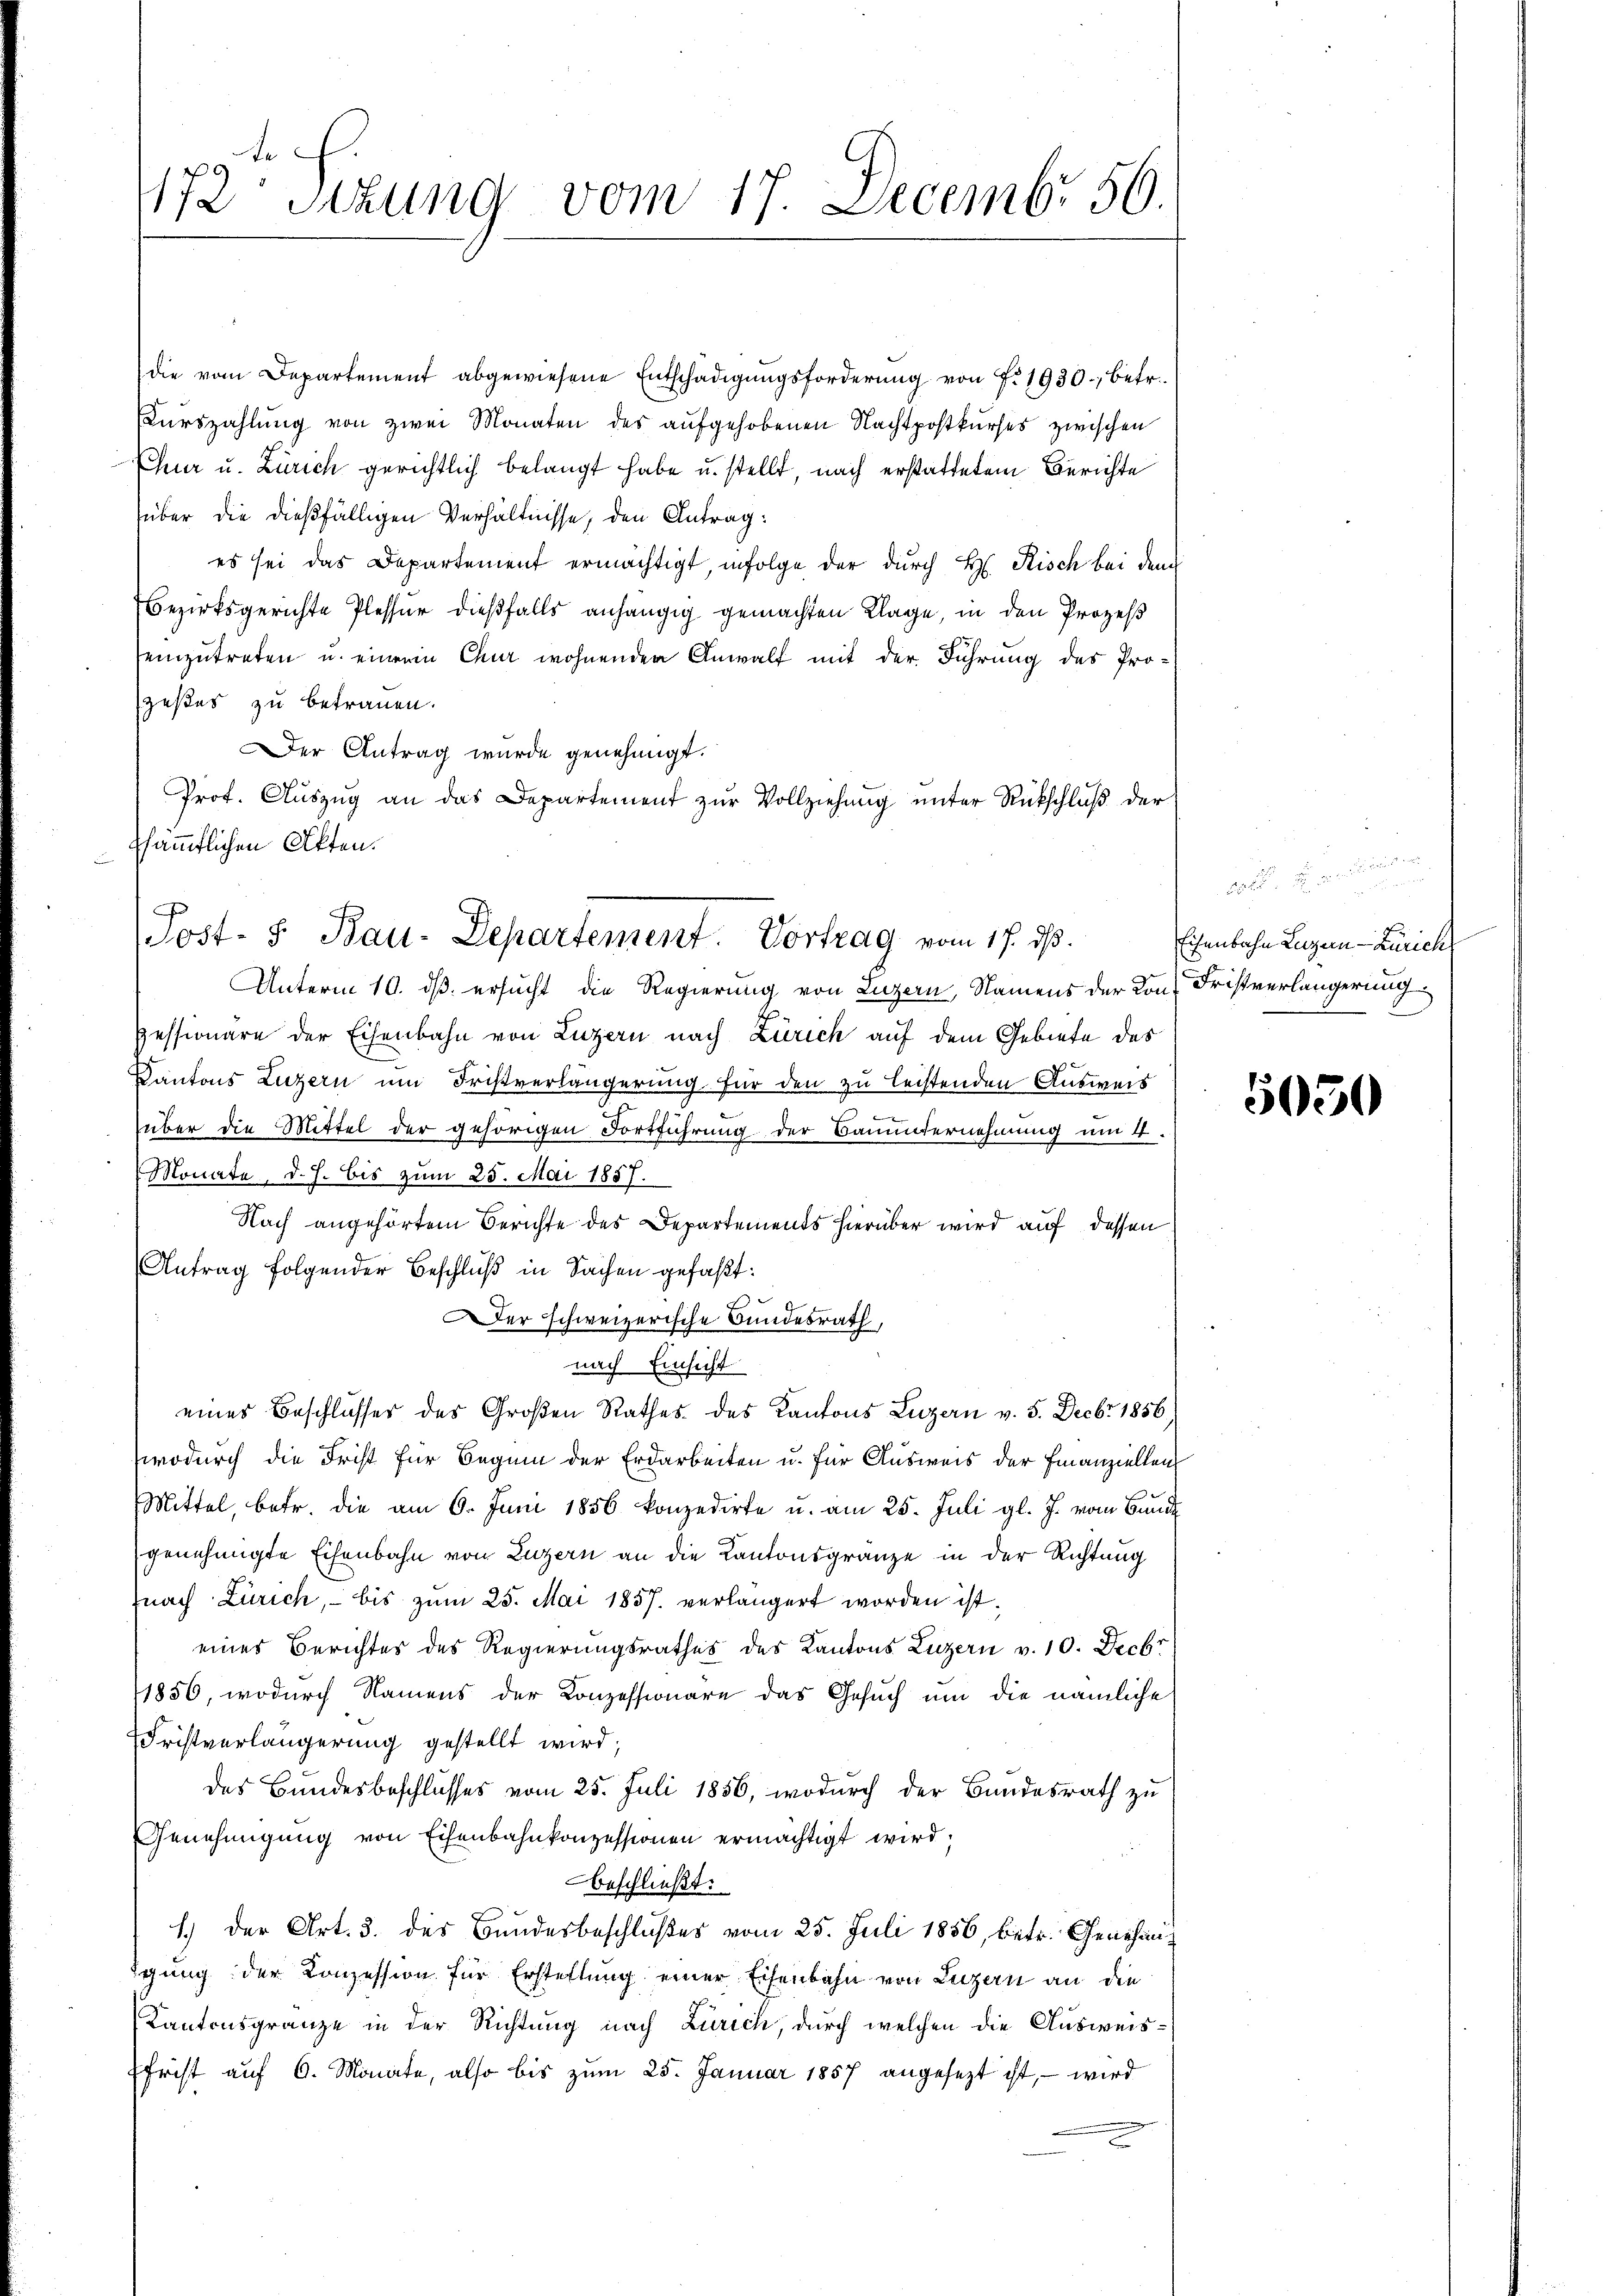
1172 Sizung vom 17. Decembr 56.

die vom Departement abgewiesene Entschädigungsforderung von f. 1930., betr.
Kŭrszahlung von zwei Monaten des aufgehobenen Nachtpostkurses zwischen
Eher u. Zürich gerichtlich belangt habe u. stellt, nach erstattetem Berichte
über die dießfälligen Verhältnisse, den Antrag:
es sei das Departement ermächtigt, infolge der durch H. Risch bei dem
Bezirksgerichte Plesser dießfalls anhängig gemachten Klage, in den Prozeß
einzutreten u. einer Chur wohnenden Anwalt mit der Führung des Pro-
zestes zu betrauen.
er Antrag wurde genehmigt.
Prof. Aŭszŭg an das Departement zŭr Vollziehŭng ŭnter Rückschlŭβ der
ssämmtlichen Akten.
Unterm 10. dß ersucht die Regierung von Luzern, Namens der Kon- Fristverlängerung
Pessionare der Eisenbahn von Luzern nach Zürich auf dem Gebiete des
Kantons Luzern um Fristverlängerung für den zu leistenden Ausweis
über die Mittel der gehörigen Fortführung der Bauunternehmung um 4.
Monate, d. J. bis zum 25. Mai 1887.
Nach angehörtem Berichte des Departements hierüber wird auf dessen
Antrag folgender Beschluß in Sachen gefaßt:
Der schweizerische Bundesrath,
nach Einsicht
eines Beschlusser des Großen Rathes des Kantons Luzern v. 5. Decbr 1856,
wodurch die Frist für Beginn der Erdarbeiten u. für Ausweis der Finanziellen
Mittel, betr. die am 6. Juni 1856 konzedirte u. am 25. Juli gl. J. vom Bund
genehmigte Eisenbahn von Luzern an die Kantonsgränze in der Richtung
fnach Zürich, bis zum 25. Mai 1857. verlängert worden ist,
eines Berichtes des Regierungsrathes des Kantons Luzern v. 10. Decbr
1856, wodurch Namens der Konzessionäre das Gesuch um die nämliche
Fristverlängerung gestellt wird;
des Bundesbeschlusses vom 25. Juli 1856, wodurch der Bundesrath zu
Genehmigung von Eisenbahnkonzessionen ermächtigt wird;
beschließt:
1.) Der Art. 3. des Bundesbeschlußes vom 25. Juli 1856, betr. Genehmiigung der Konzession für Erstellung einer Eisenbahn von Luzern an die
Kantonsgränze in der Richtung nach Zürich, durch welchen die Ausweis¬
Efrist auf 6. Monate, also bis zum 25. Januar 1857 angesezt ist, – wird

Post. S. Bau-Departement. Vortrag vom 17. ds.

Eisenbahn Luzern - Zürich

5050